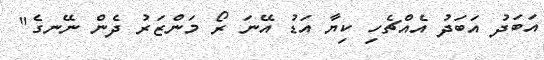
އަބަދު އަބަދު އެއްޗެހި ކިޔާ އަޑު އޭނަ ރޯ މަންޒަރު ދެން ނޭނގެ"